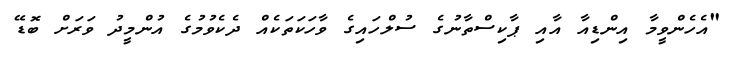
"އެހެންވީމާ އިންޑިއާ އާއި ޕާކިސްތާނުގެ ސުލްހައިގެ ވާހަކަތަކެއް ދެކެވުމުގެ އުންމީދު ވަރަށް ބޮޑޭ